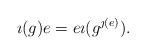
\begin{align*} \imath (g) e = e \imath (g^{\jmath (e)}). \end{align*}